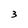
Character: 3